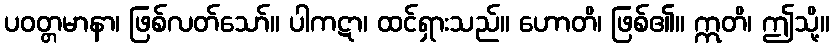
ပဝတ္တမာနာ၊ ဖြစ်လတ်သော်။ ပါကဋာ၊ ထင်ရှားသည်။ ဟောတိ၊ ဖြစ်၏။ ဣတိ၊ ဤသို့။